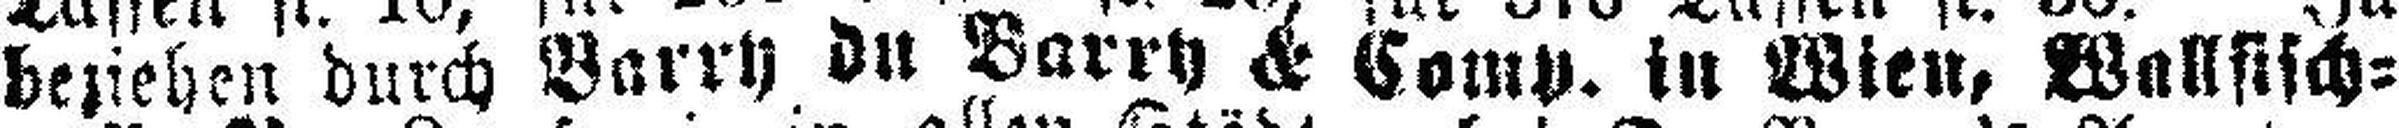
beziehen durch Barry du Barry & Comp. in Wien, Wallsisch¬